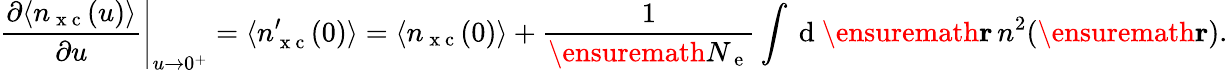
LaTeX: \left.\frac{\partial\langle n_{\mathrm{~x~c~}}(u)\rangle}{\partial u}\right\vert_{u\rightarrow 0^{+}}=\langle n_{\mathrm{~x~c~}}^{\prime}(0)\rangle=\langle n_{\mathrm{~x~c~}}(0)\rangle+\frac{1}{\ensuremath{N_{\mathrm{~e~}}}}\int\mathrm{~d~}\ensuremath{\mathbf{r}}\, n^{2}(\ensuremath{\mathbf{r}}).